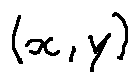
( x , y )